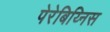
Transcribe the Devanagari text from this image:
पेरेबिय्निस